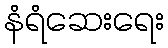
နံရံဆေးရေး